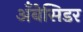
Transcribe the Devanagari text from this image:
अँबेसिडर